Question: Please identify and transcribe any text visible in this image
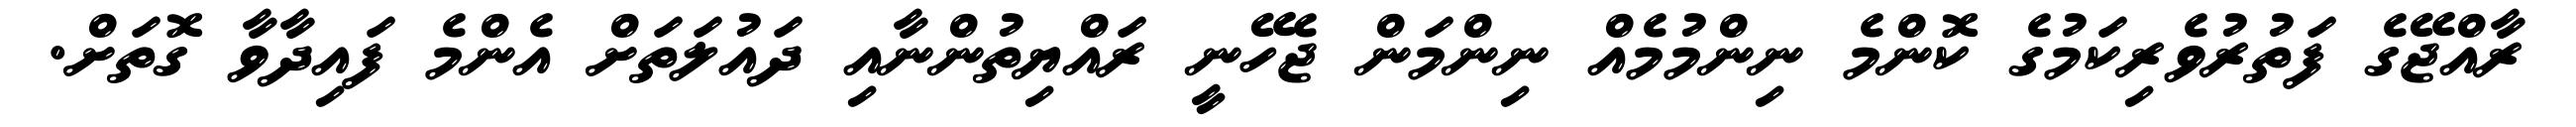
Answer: ރާއްޖޭގެ ފަތުރުވެރިކަމުގެ ކޮންމެ ނިންމުމެއް ނިންމަން ޖެހޭނީ ރައްޔިތުންނާއި ދައުލަތަށް އެންމެ ފައިދާވާ ގޮތަށް.